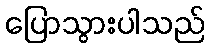
ပြောသွားပါသည်